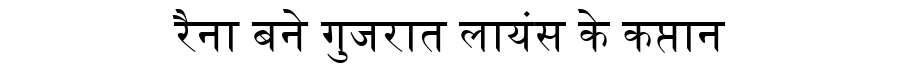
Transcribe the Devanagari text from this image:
रैना बने गुजरात लायंस के कप्तान